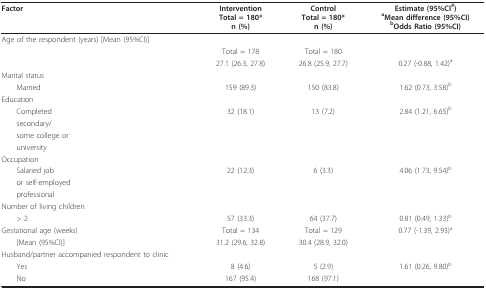
<table><thead><tr><td><b>Factor</b></td><td><b>InterventionTotal = 180*n (%)</b></td><td><b>ControlTotal = 180*n (%)</b></td><td><b>Estimate (95%CI<sup>#</sup>)<sup>a</sup>Mean difference (95%CI)<sup>b</sup>Odds Ratio (95%CI)</b></td></tr></thead><tbody><tr><td>Age of the respondent (years) [Mean (95%CI)]</td><td></td><td></td><td></td></tr><tr><td></td><td>Total = 178</td><td>Total = 180</td><td></td></tr><tr><td></td><td>27.1 (26.3, 27.8)</td><td>26.8 (25.9, 27.7)</td><td>0.27 (-0.88, 1.42)<sup>a</sup></td></tr><tr><td>Marital status</td><td></td><td></td><td></td></tr><tr><td> Married</td><td>159 (89.3)</td><td>150 (83.8)</td><td>1.62 (0.73, 3.58)<sup>b</sup></td></tr><tr><td>Education</td><td></td><td></td><td></td></tr><tr><td> Completed</td><td>32 (18.1)</td><td>13 (7.2)</td><td>2.84 (1.21, 6.65)<sup>b</sup></td></tr><tr><td> secondary/</td><td></td><td></td><td></td></tr><tr><td> some college or</td><td></td><td></td><td></td></tr><tr><td> university</td><td></td><td></td><td></td></tr><tr><td>Occupation</td><td></td><td></td><td></td></tr><tr><td> Salaried job</td><td>22 (12.3)</td><td>6 (3.3)</td><td>4.06 (1.73, 9.54)<sup>b</sup></td></tr><tr><td> or self-employed</td><td></td><td></td><td></td></tr><tr><td> professional</td><td></td><td></td><td></td></tr><tr><td>Number of living children</td><td></td><td></td><td></td></tr><tr><td> &gt; 2</td><td>57 (33.3)</td><td>64 (37.7)</td><td>0.81 (0.49, 1.33)<sup>b</sup></td></tr><tr><td>Gestational age (weeks)</td><td>Total = 134</td><td>Total = 129</td><td>0.77 (-1.39, 2.93)<sup>a</sup></td></tr><tr><td> [Mean (95%CI)]</td><td>31.2 (29.6, 32.8)</td><td>30.4 (28.9, 32.0)</td><td></td></tr><tr><td>Husband/partner accompanied respondent to clinic</td><td></td><td></td><td></td></tr><tr><td> Yes</td><td>8 (4.6)</td><td>5 (2.9)</td><td>1.61 (0.26, 9.80)<sup>b</sup></td></tr><tr><td> No</td><td>167 (95.4)</td><td>168 (97.1)</td><td></td></tr></tbody></table>